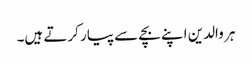
ہر والدین اپنے بچے سے پیار کرتے ہیں۔